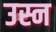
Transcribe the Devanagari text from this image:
उस्न